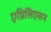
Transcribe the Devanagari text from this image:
एप्रिसिएसन